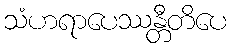
သံဟရာပေဿန္တီတိပေ